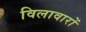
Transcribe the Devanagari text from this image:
विलावारों